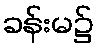
ခန်းမ၌